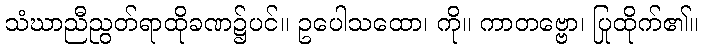
သံဃာညီညွတ်ရာထိုခဏ၌ပင်။ ဥပေါသထော၊ ကို။ ကာတဗ္ဗော၊ ပြုထိုက်၏။